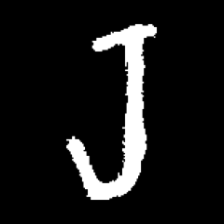
Pyu character \u2014 Myanmar letter: ရ (romanized: ra)